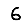
Digit: 6